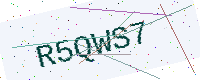
Text: R5QWS7